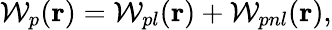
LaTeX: \mathcal{W}_{p}(\textbf{r})=\mathcal{W}_{pl}(\textbf{r})+\mathcal{W}_{pnl}(\textbf{r}),